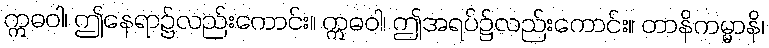
ဣဓဝါ၊ ဤနေရာ၌လည်းကောင်း။ ဣဓဝါ၊ ဤအရပ်၌လည်းကောင်း။ တာနိကမ္မာနိ၊